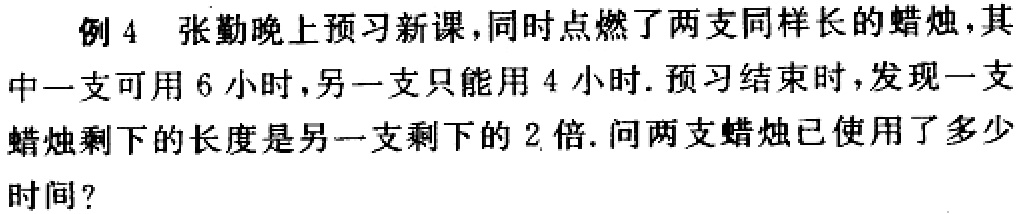
例 4 张勤晚上预习新课，同时点燃了两支同样长的蜡烛，其中一支可用 6 小时，另一支只能用 4 小时. 预习结束时，发现一支蜡烛剩下的长度是另一支剩下的 2 倍. 问两支蜡烛已使用了多少时间？